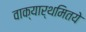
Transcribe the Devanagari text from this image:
वाक्यार्थमितये